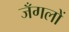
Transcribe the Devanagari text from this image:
जँगलों